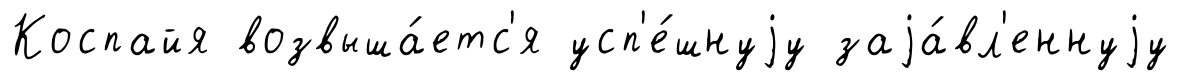
Коспайя возвыша́етс'я усп'е́шнуjу заjа́вл'еннуjу